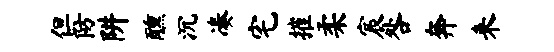
但防阱醺沉凑宅摧柔宸咎奔来